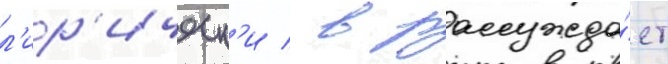
л'ир'ическ'и / в рассужда́ет